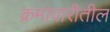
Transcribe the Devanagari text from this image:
क्रमावारीतील